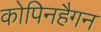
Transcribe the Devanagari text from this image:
कोपिनहैगन